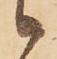
候